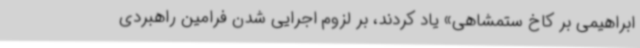
ابراهیمی بر کاخ ستمشاهی» یاد کردند، بر لزوم اجرایی شدن فرامین راهبردی